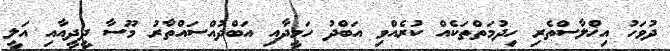
ދުވަހު އިޚްލާސްތެރި ހިދުމަތްތަކެއް ކުރެއްވި އަބްދު ހަމީދާއި އަބްދުއްސައްތާރު މޫސާ ދީދީއާއި އަލީ